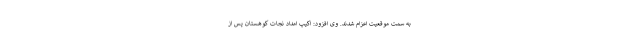
به سمت موقعیت اعزام شدند. وی افزود: اکیپ امداد نجات کوهستان پس از